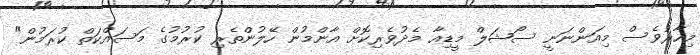
މިހާރުވެސް މިއަންނަނީ ސޯޝަލް މީޑިއާ މެދުވެރިކޮށް އާންމުން ހޭލުންތެރި ކުރުމުގެ މަސައްކަތް ކުރަމުން"